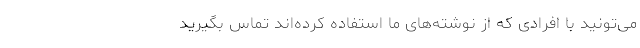
می‌تونید با افرادی که از نوشته‌های ما استفاده کرده‌اند تماس بگیرید